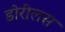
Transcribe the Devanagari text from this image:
डोरीलस